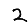
Digit: 2